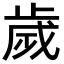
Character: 歲